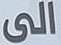
الی